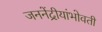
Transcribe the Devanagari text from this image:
जननेंद्रीयांभोवती